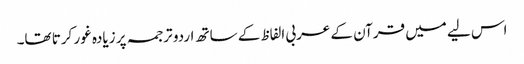
اس لیے میں قرآن کے عربی الفاظ کے ساتھ اردو ترجمہ پر زیادہ غور کرتا تھا۔